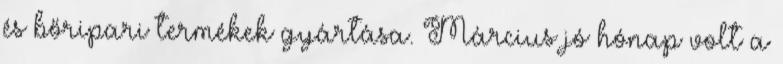
és bőripari termékek gyártása. Március jó hónap volt a